Loodushoiu_ja_Turismi_Instituut, lk 320
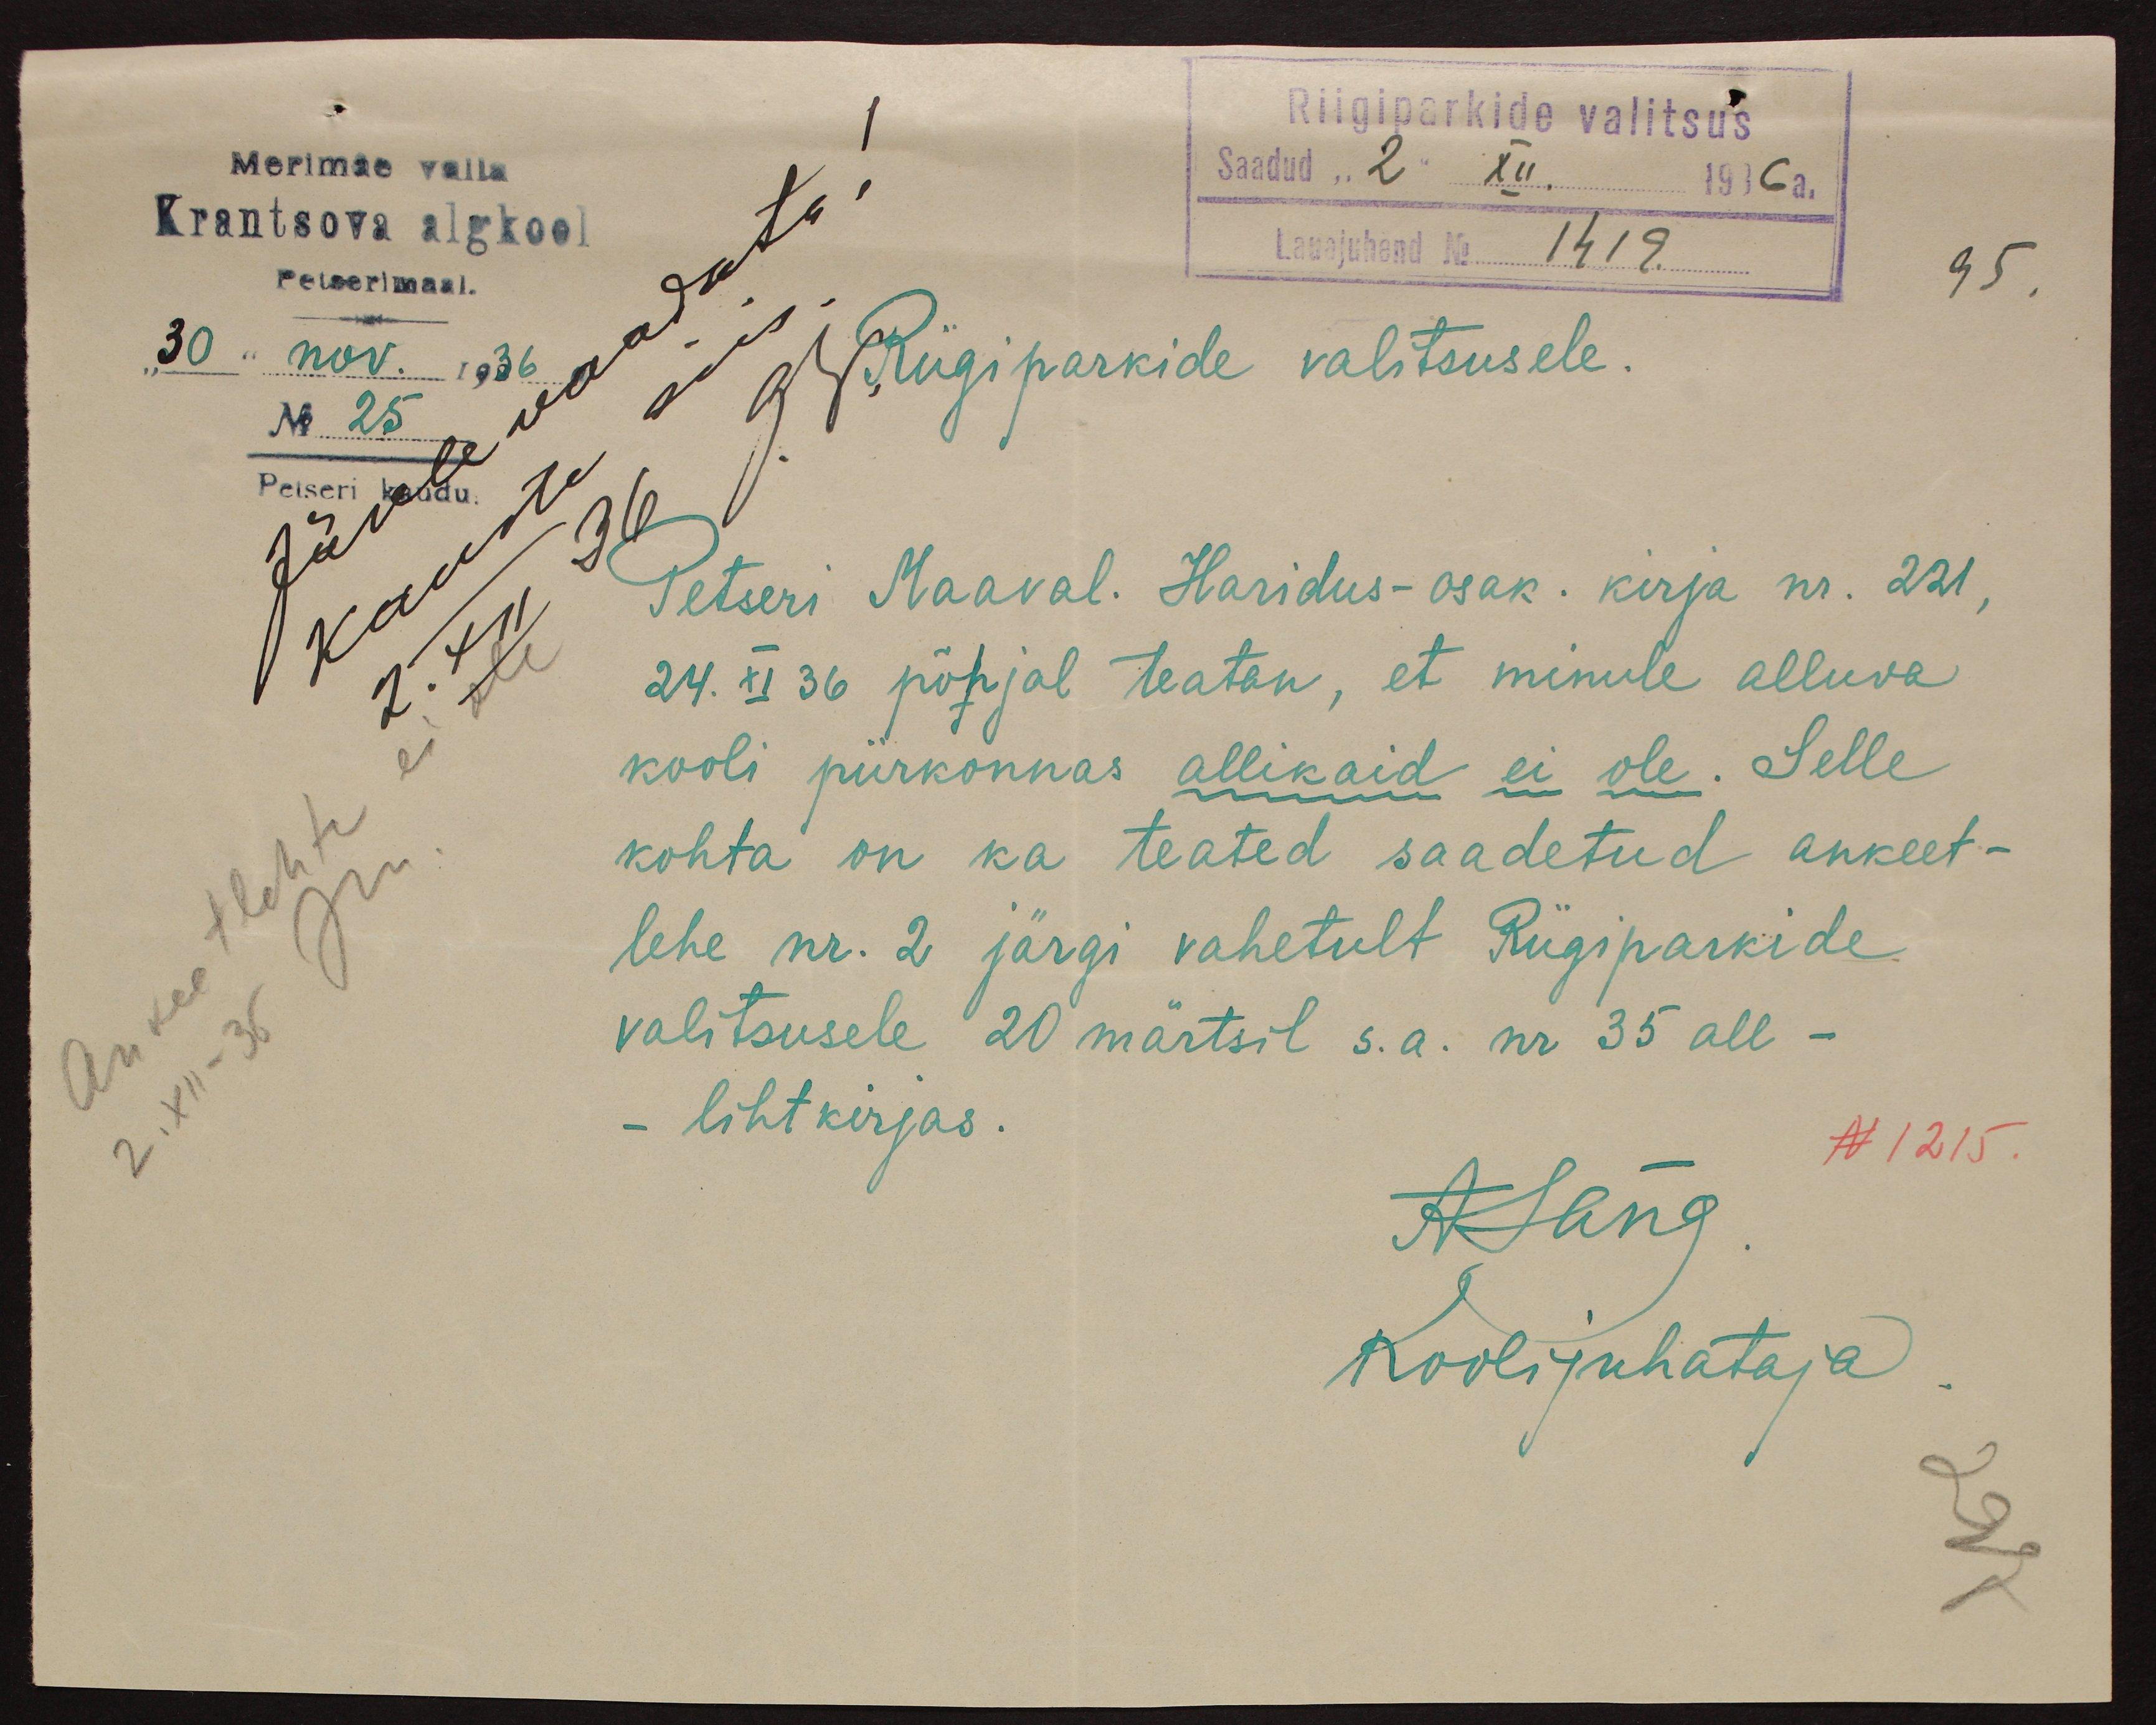
Riigiparkide valitsus
Merimäe valla
Saadud "2" XII. 1936 a.
Krantsova algkool
Lauajuhend No 1419
Petserimaal.
95.
"30" nov. 1936
Riigiparkide valitsusele.
No 25
Petseri kaudu
Petseri Maaval. Haridus-osak. kirja nr. 221,
24. XI 36 põhjal teatan, et minule alluva
kooli piirkonnas allikaid ei ole. Selle
kohta on ka teated saadetud ankeet-
lehe nr. 2 järgi vahetult Riigiparkide
valitsusele 20 märtsil s.a. nr 35 all -
- lihtkirjas.
N 1215.
ALang
Koolijuhataja